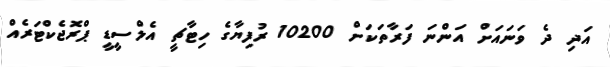
އަދި ދެ ވަނައަށް އަންނަ ފަރާތަކަށް 10200 ރުފިޔާގެ ހިޓާޗީ އެލްސީޑީ ޕްރޮޖެކްޓަރެއް